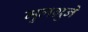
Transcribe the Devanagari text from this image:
मुलग्रुने